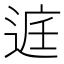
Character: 𮞔